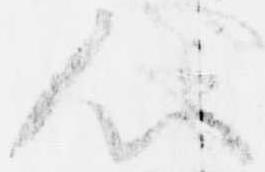
心